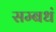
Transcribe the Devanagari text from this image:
सम्बधं